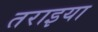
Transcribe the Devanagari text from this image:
तराइया